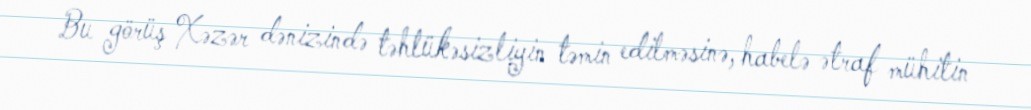
Bu görüş Xəzər dənizində təhlükəsizliyin təmin edilməsinə, habelə ətraf mühitin